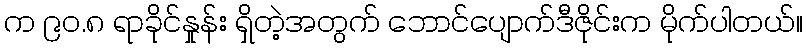
က ၉၀.၈ ရာခိုင်နှုန်း ရှိတဲ့အတွက် ဘောင်ပျောက်ဒီဇိုင်းက မိုက်ပါတယ်။